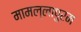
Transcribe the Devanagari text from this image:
मामल्लापुरम